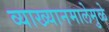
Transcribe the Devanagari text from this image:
व्याख्यानमालेमुळे